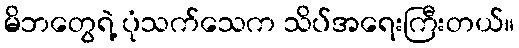
မိဘတွေရဲ့ ပုံသက်သေက သိပ်အရေးကြီးတယ်။